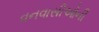
વનવાસીઓની